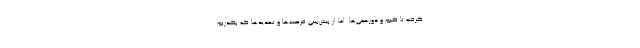
گرفته تا گیم و دورهمی‌ها. اما از پیش‌بینی فرصت‌ها و تهدیدها که بگذریم